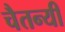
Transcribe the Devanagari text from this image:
चैतन्यी